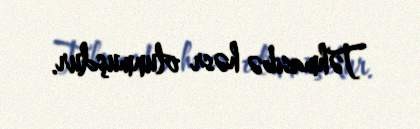
Təhmasibə həsr olunmuşdur.